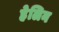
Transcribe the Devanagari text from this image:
हेलिन